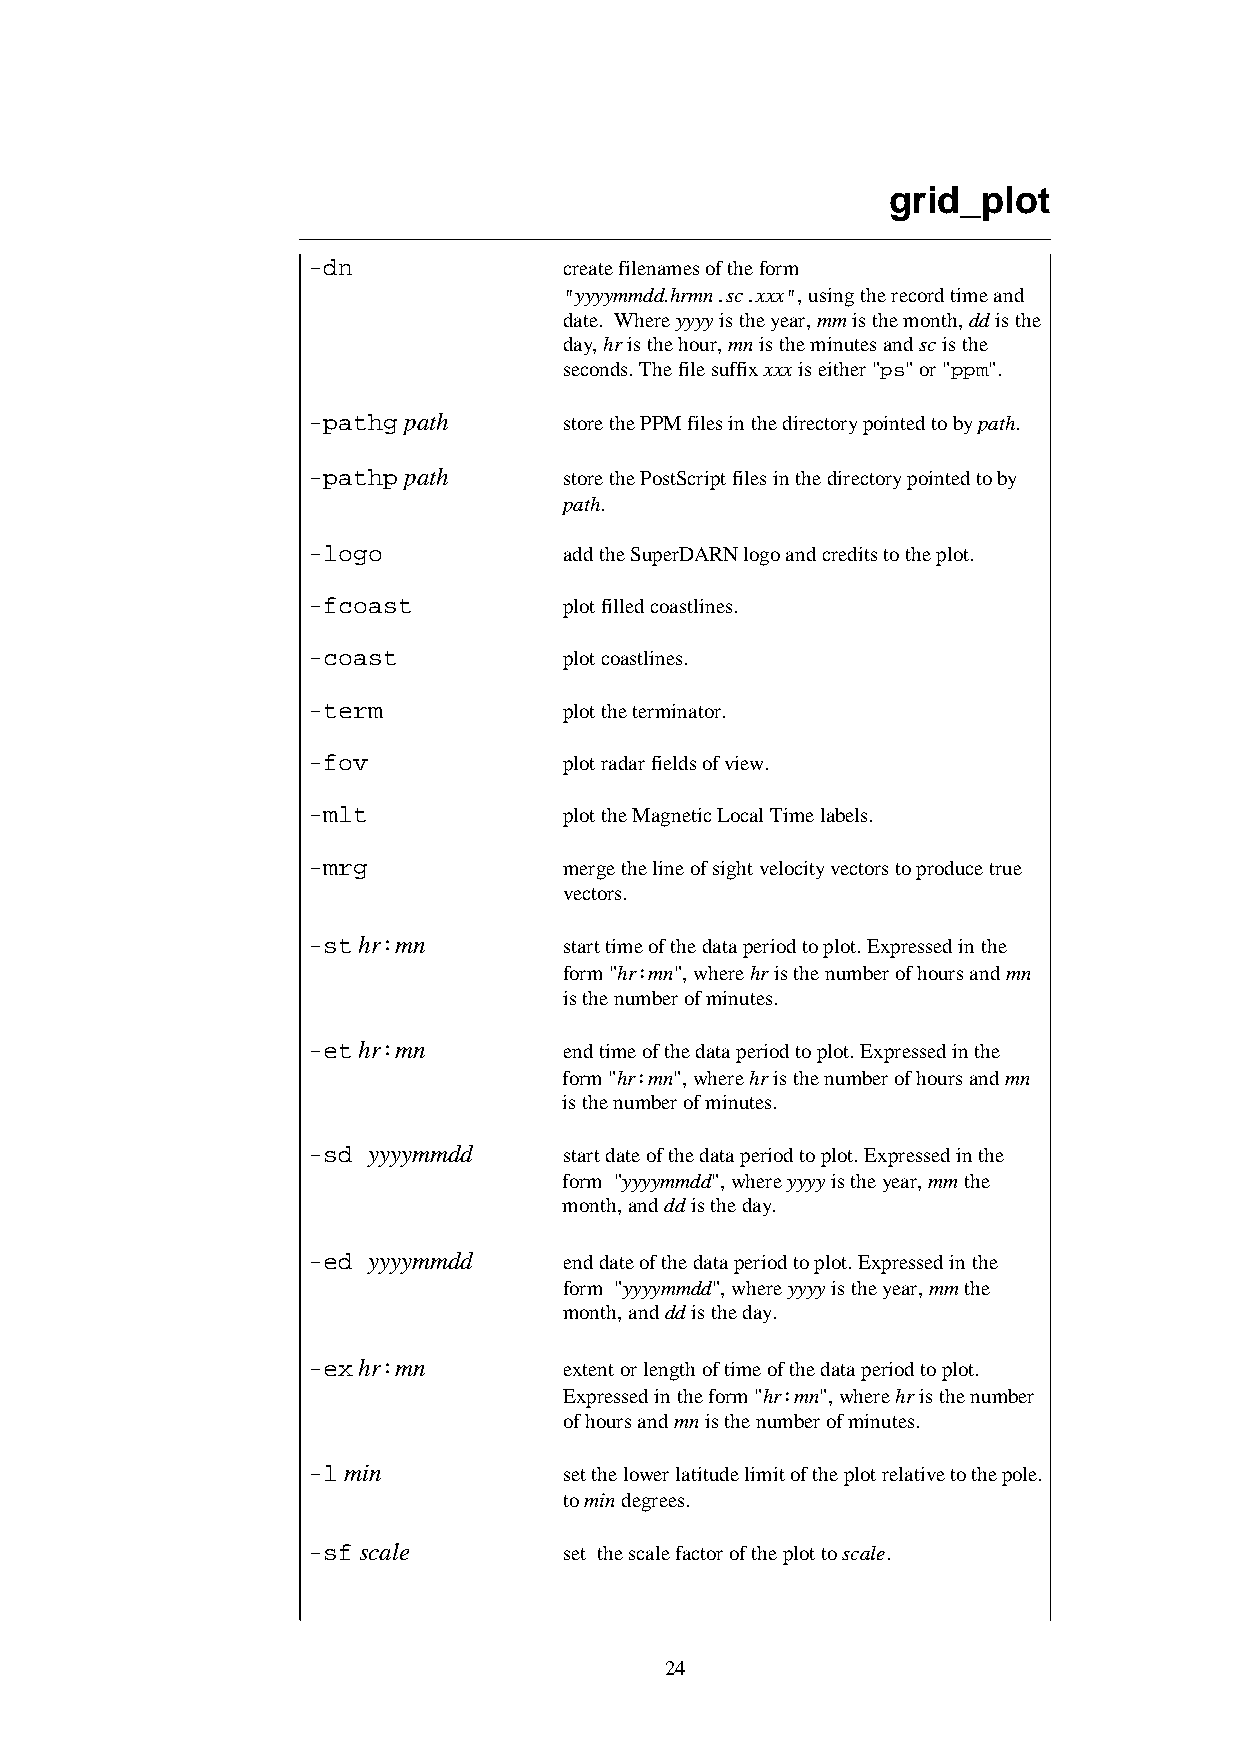
grid_plot
 -dn              create filenames of the form
 "yyyymmdd.hrmn.sc.xxx", using the record time and
 date. Where yyyy is the year, mm is the month, dd is the
 day, hr is the hour, mn is the minutes and sc is the
 seconds. The file suffix xxx is either "ps" or "ppm".
 -pathg path      store the PPM files in the directory pointed to by path.
 -pathp path      store the PostScript files in the directory pointed to by
 path.
 -logo            add the SuperDARN logo and credits to the plot.
 -fcoast          plot filled coastlines.
 -coast           plot coastlines.
 -term            plot the terminator.
 -fov             plot radar fields of view.
 -mlt             plot the Magnetic Local Time labels.
 -mrg             merge the line of sight velocity vectors to produce true
 vectors.
 -st hr:mn        start time of the data period to plot. Expressed in the
 form "hr:mn", where hr is the number of hours and mn
 is the number of minutes.
 -et hr:mn        end time of the data period to plot. Expressed in the
 form "hr:mn", where hr is the number of hours and mn
 is the number of minutes.
 -sd yyyymmdd     start date of the data period to plot. Expressed in the
 form "yyyymmdd", where yyyy is the year, mm the
 month, and dd is the day.
 -ed yyyymmdd     end date of the data period to plot. Expressed in the
 form "yyyymmdd", where yyyy is the year, mm the
 month, and dd is the day.
 -ex hr:mn        extent or length of time of the data period to plot.
 Expressed in the form "hr:mn", where hr is the number
 of hours and mn is the number of minutes.
 -l min           set the lower latitude limit of the plot relative to the pole.
 to min degrees.
 -sf scale        set the scale factor of the plot to scale.
 24